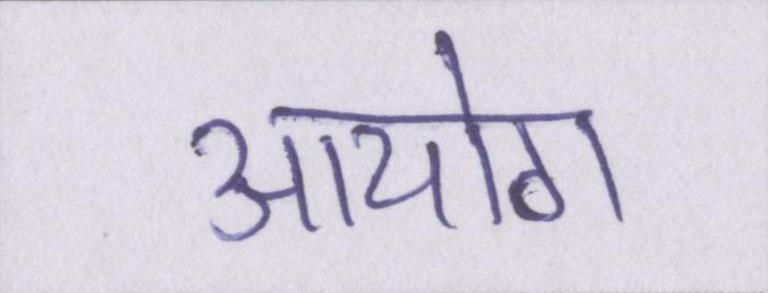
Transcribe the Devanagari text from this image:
आयोग